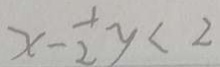
x - \frac { 1 } { 2 } y < 2